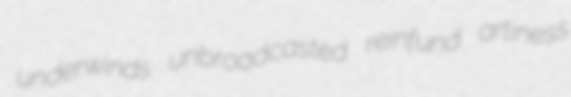
underwinds unbroadcasted reinfund artiness